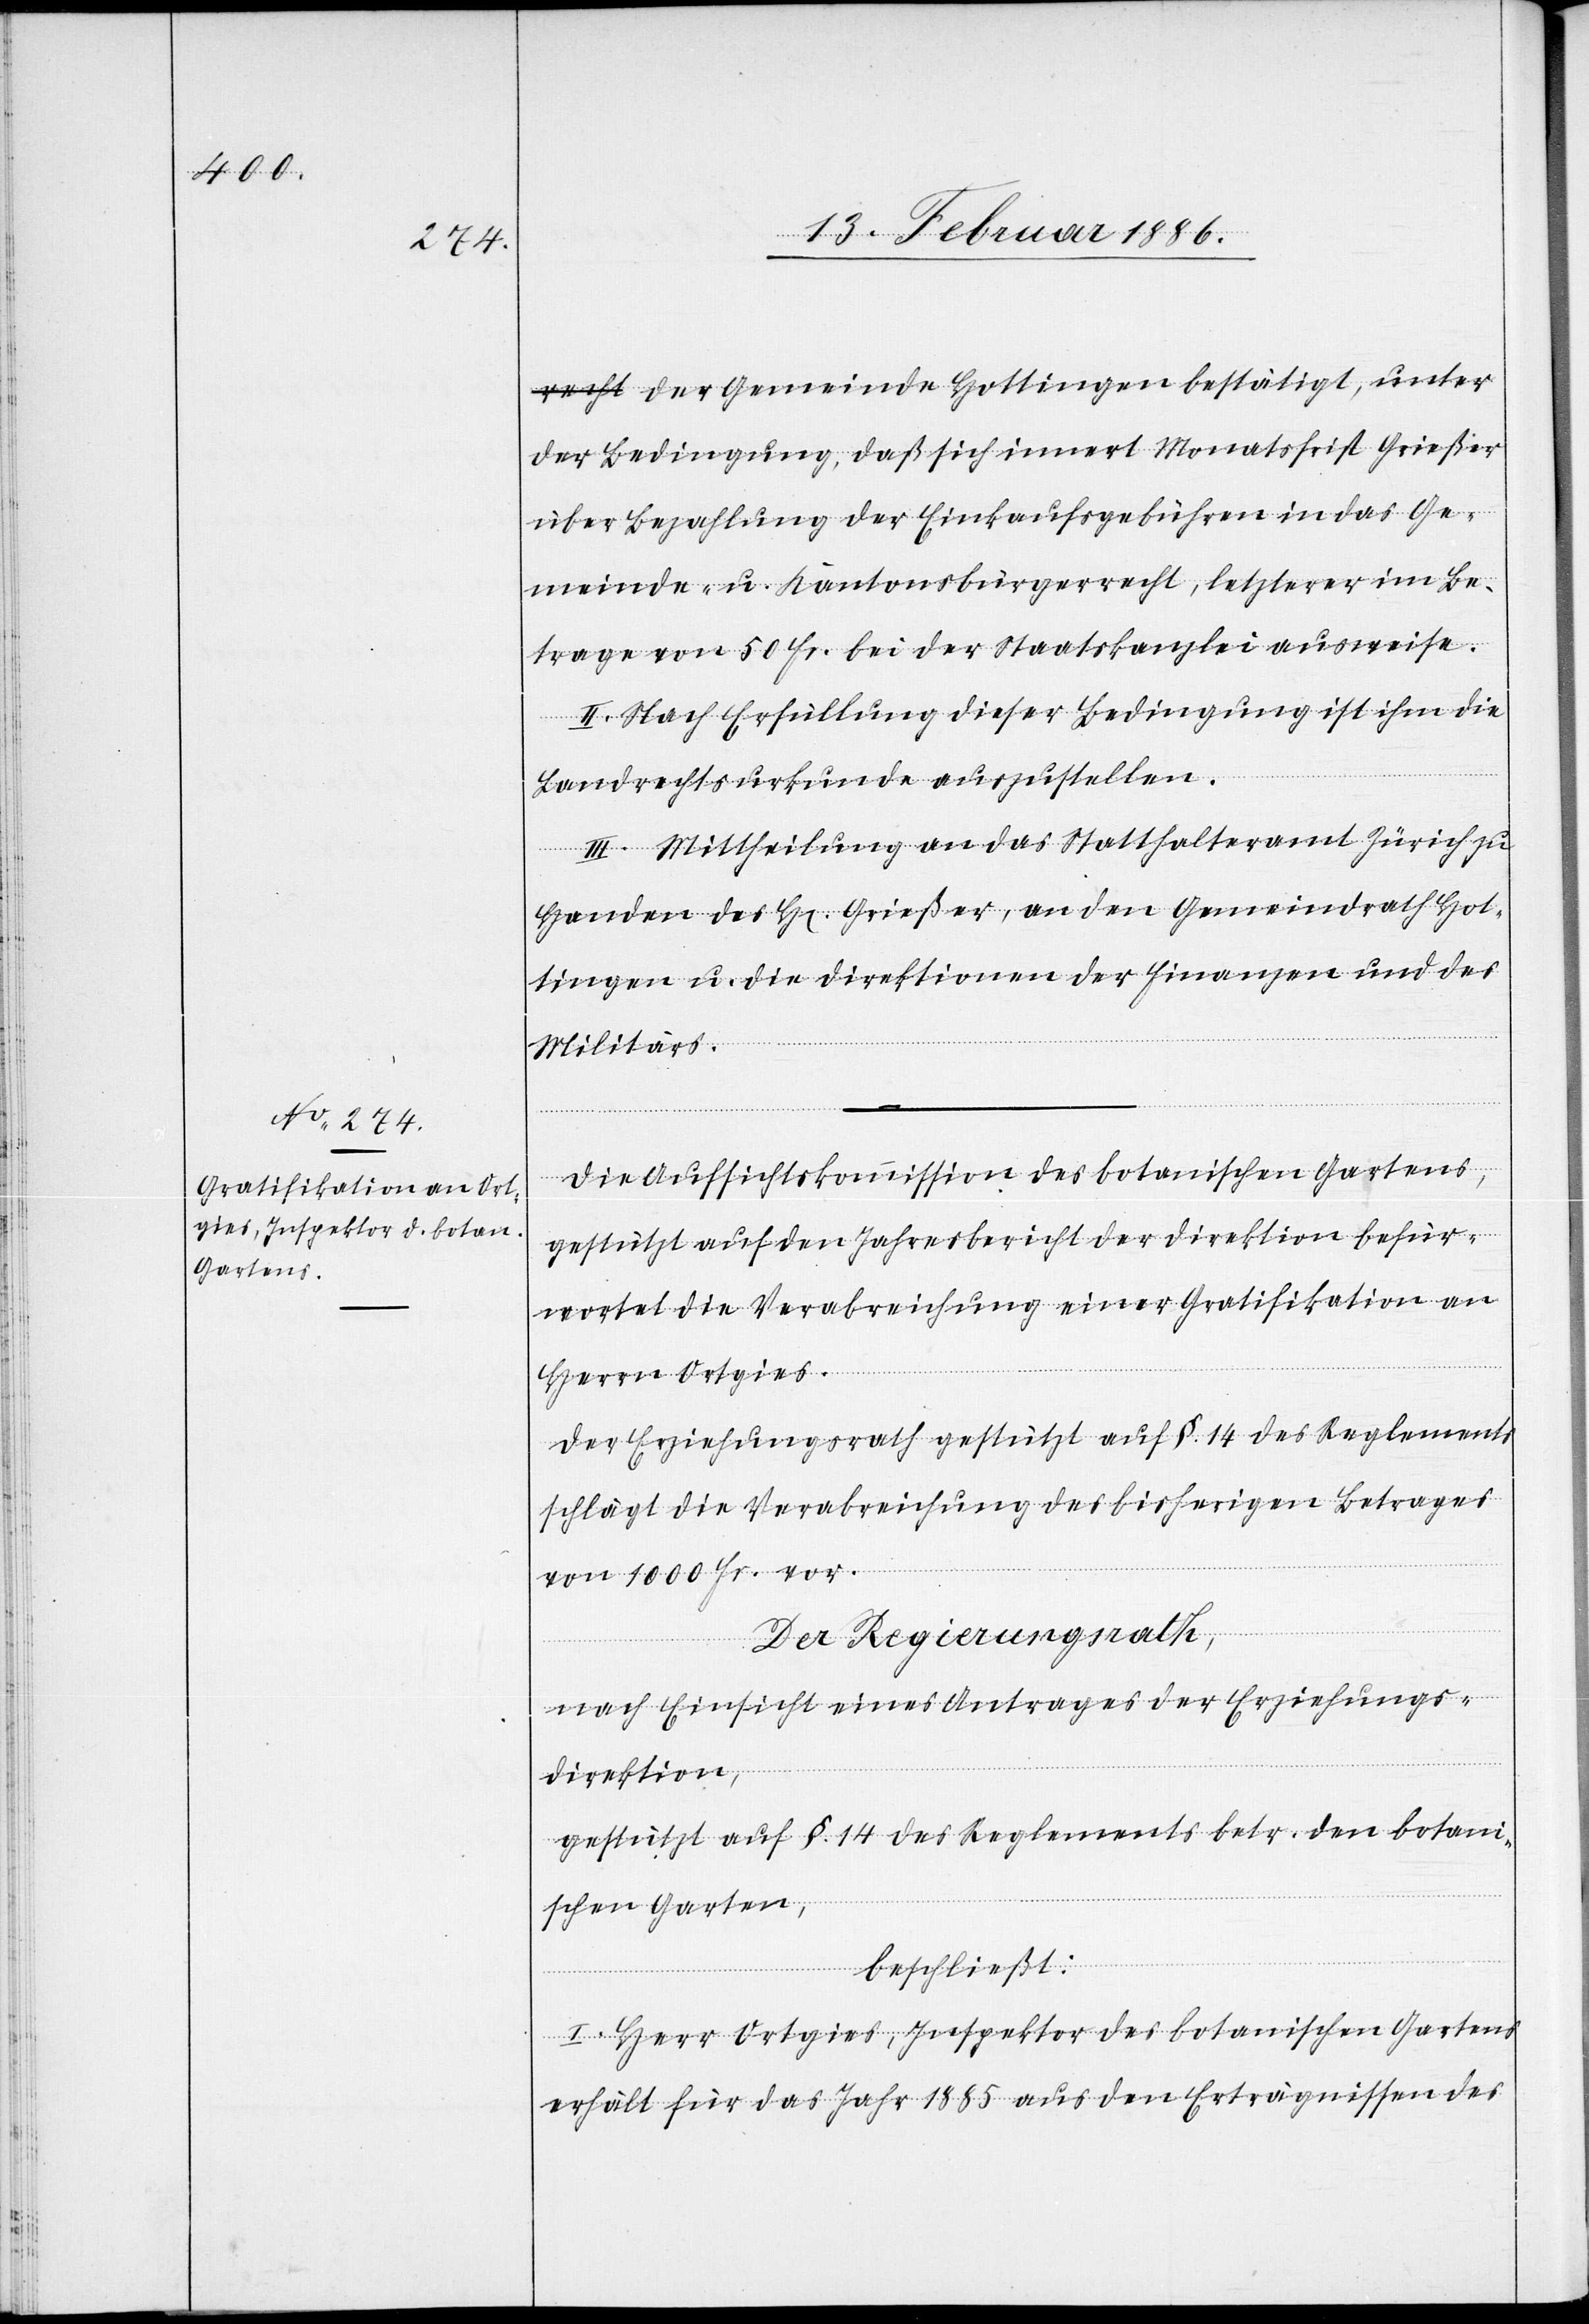
der Gemeinde Hottingen bestätigt, unter
der Bedingung, daß sich innert Monatsfrist Grießer
über Bezahlung der Einkaufsgebühren in das Ge¬
meinde- u. Kantonsbürgerrecht, letzterer im Be¬
trage von 50 Fr. bei der Staatskanzlei ausweise.
II. Nach Erfüllung dieser Bedingung ist ihm die
Landrechtsurkunde auszustellen.
III. Mittheilung an das Statthalteramt Zürich zu
Handen des Hr. Grießer, an den Gemeindrath Hot¬
tingen u. die Direktion der Finanzen und des
Militärs.
Die Aufsichtskommission des botanischen Gartens,
gestützt auf den Jahresbericht der Direktion befür¬
wortet die Verabreichung einer Gratifikation an
Herrn Ortgies.
Der Erziehungsrath gestützt auf §. 14 des Reglements
schlägt die Verabreichung des bisherigen Betrages
von 1000 Fr. vor.
Der Regierungsrath,
nach Einsicht eines Antrages der Erziehungs¬
direktion,
gestützt auf §. 14 des Reglements betr. den botani¬
schen Garten,
beschließt:
I. Herr Ortgies, Inspektor des botanischen Gartens
erhält für das Jahr 1885 aus den Erträgnissen des